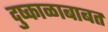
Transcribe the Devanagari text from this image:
दुष्काळाबाबत